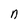
Character: n